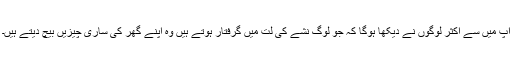
آپ میں سے اکثر لوگوں نے دیکھا ہوگا کہ جو لوگ نشے کی لت میں گرفتار ہوتے ہیں وہ اپنے گھر کی ساری چیزیں بیچ دیتے ہیں۔